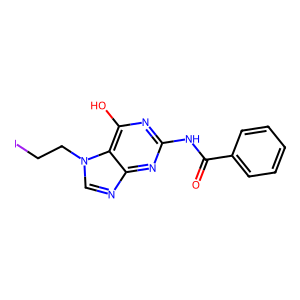
SMILES: O=C(Nc1nc(O)c2c(ncn2CCI)n1)c1ccccc1
Inhibits HIV replication: No